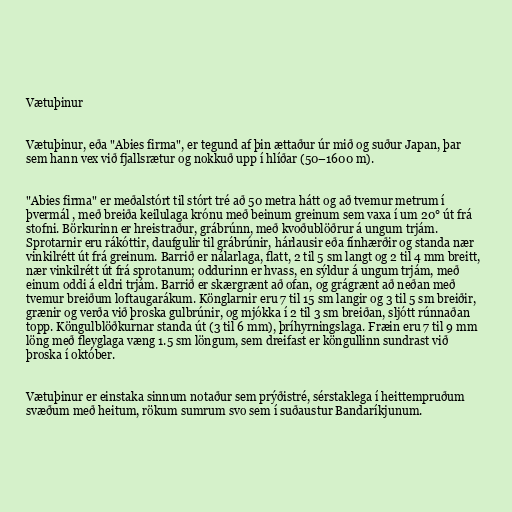
Vætuþinur

Vætuþinur, eða "Abies firma", er tegund af þin ættaður úr mið og suður Japan, þar
sem hann vex við fjallsrætur og nokkuð upp í hlíðar (50–1600 m).

"Abies firma" er meðalstórt til stórt tré að 50 metra hátt og að tvemur metrum í
þvermál , með breiða keilulaga krónu með beinum greinum sem vaxa í um 20° út frá
stofni. Börkurinn er hreistraður, grábrúnn, með kvoðublöðrur á ungum trjám.
Sprotarnir eru rákóttir, daufgulir til grábrúnir, hárlausir eða fínhærðir og standa nær
vinkilrétt út frá greinum. Barrið er nálarlaga, flatt, 2 til 5 sm langt og 2 til 4 mm breitt,
nær vinkilrétt út frá sprotanum; oddurinn er hvass, en sýldur á ungum trjám, með
einum oddi á eldri trjám. Barrið er skærgrænt að ofan, og grágrænt að neðan með
tvemur breiðum loftaugarákum. Könglarnir eru 7 til 15 sm langir og 3 til 5 sm breiðir,
grænir og verða við þroska gulbrúnir, og mjókka í 2 til 3 sm breiðan, sljótt rúnnaðan
topp. Köngulblöðkurnar standa út (3 til 6 mm), þríhyrningslaga. Fræin eru 7 til 9 mm
löng með fleyglaga væng 1.5 sm löngum, sem dreifast er köngullinn sundrast við
þroska í október.

Vætuþinur er einstaka sinnum notaður sem prýðistré, sérstaklega í heittempruðum
svæðum með heitum, rökum sumrum svo sem í suðaustur Bandaríkjunum.